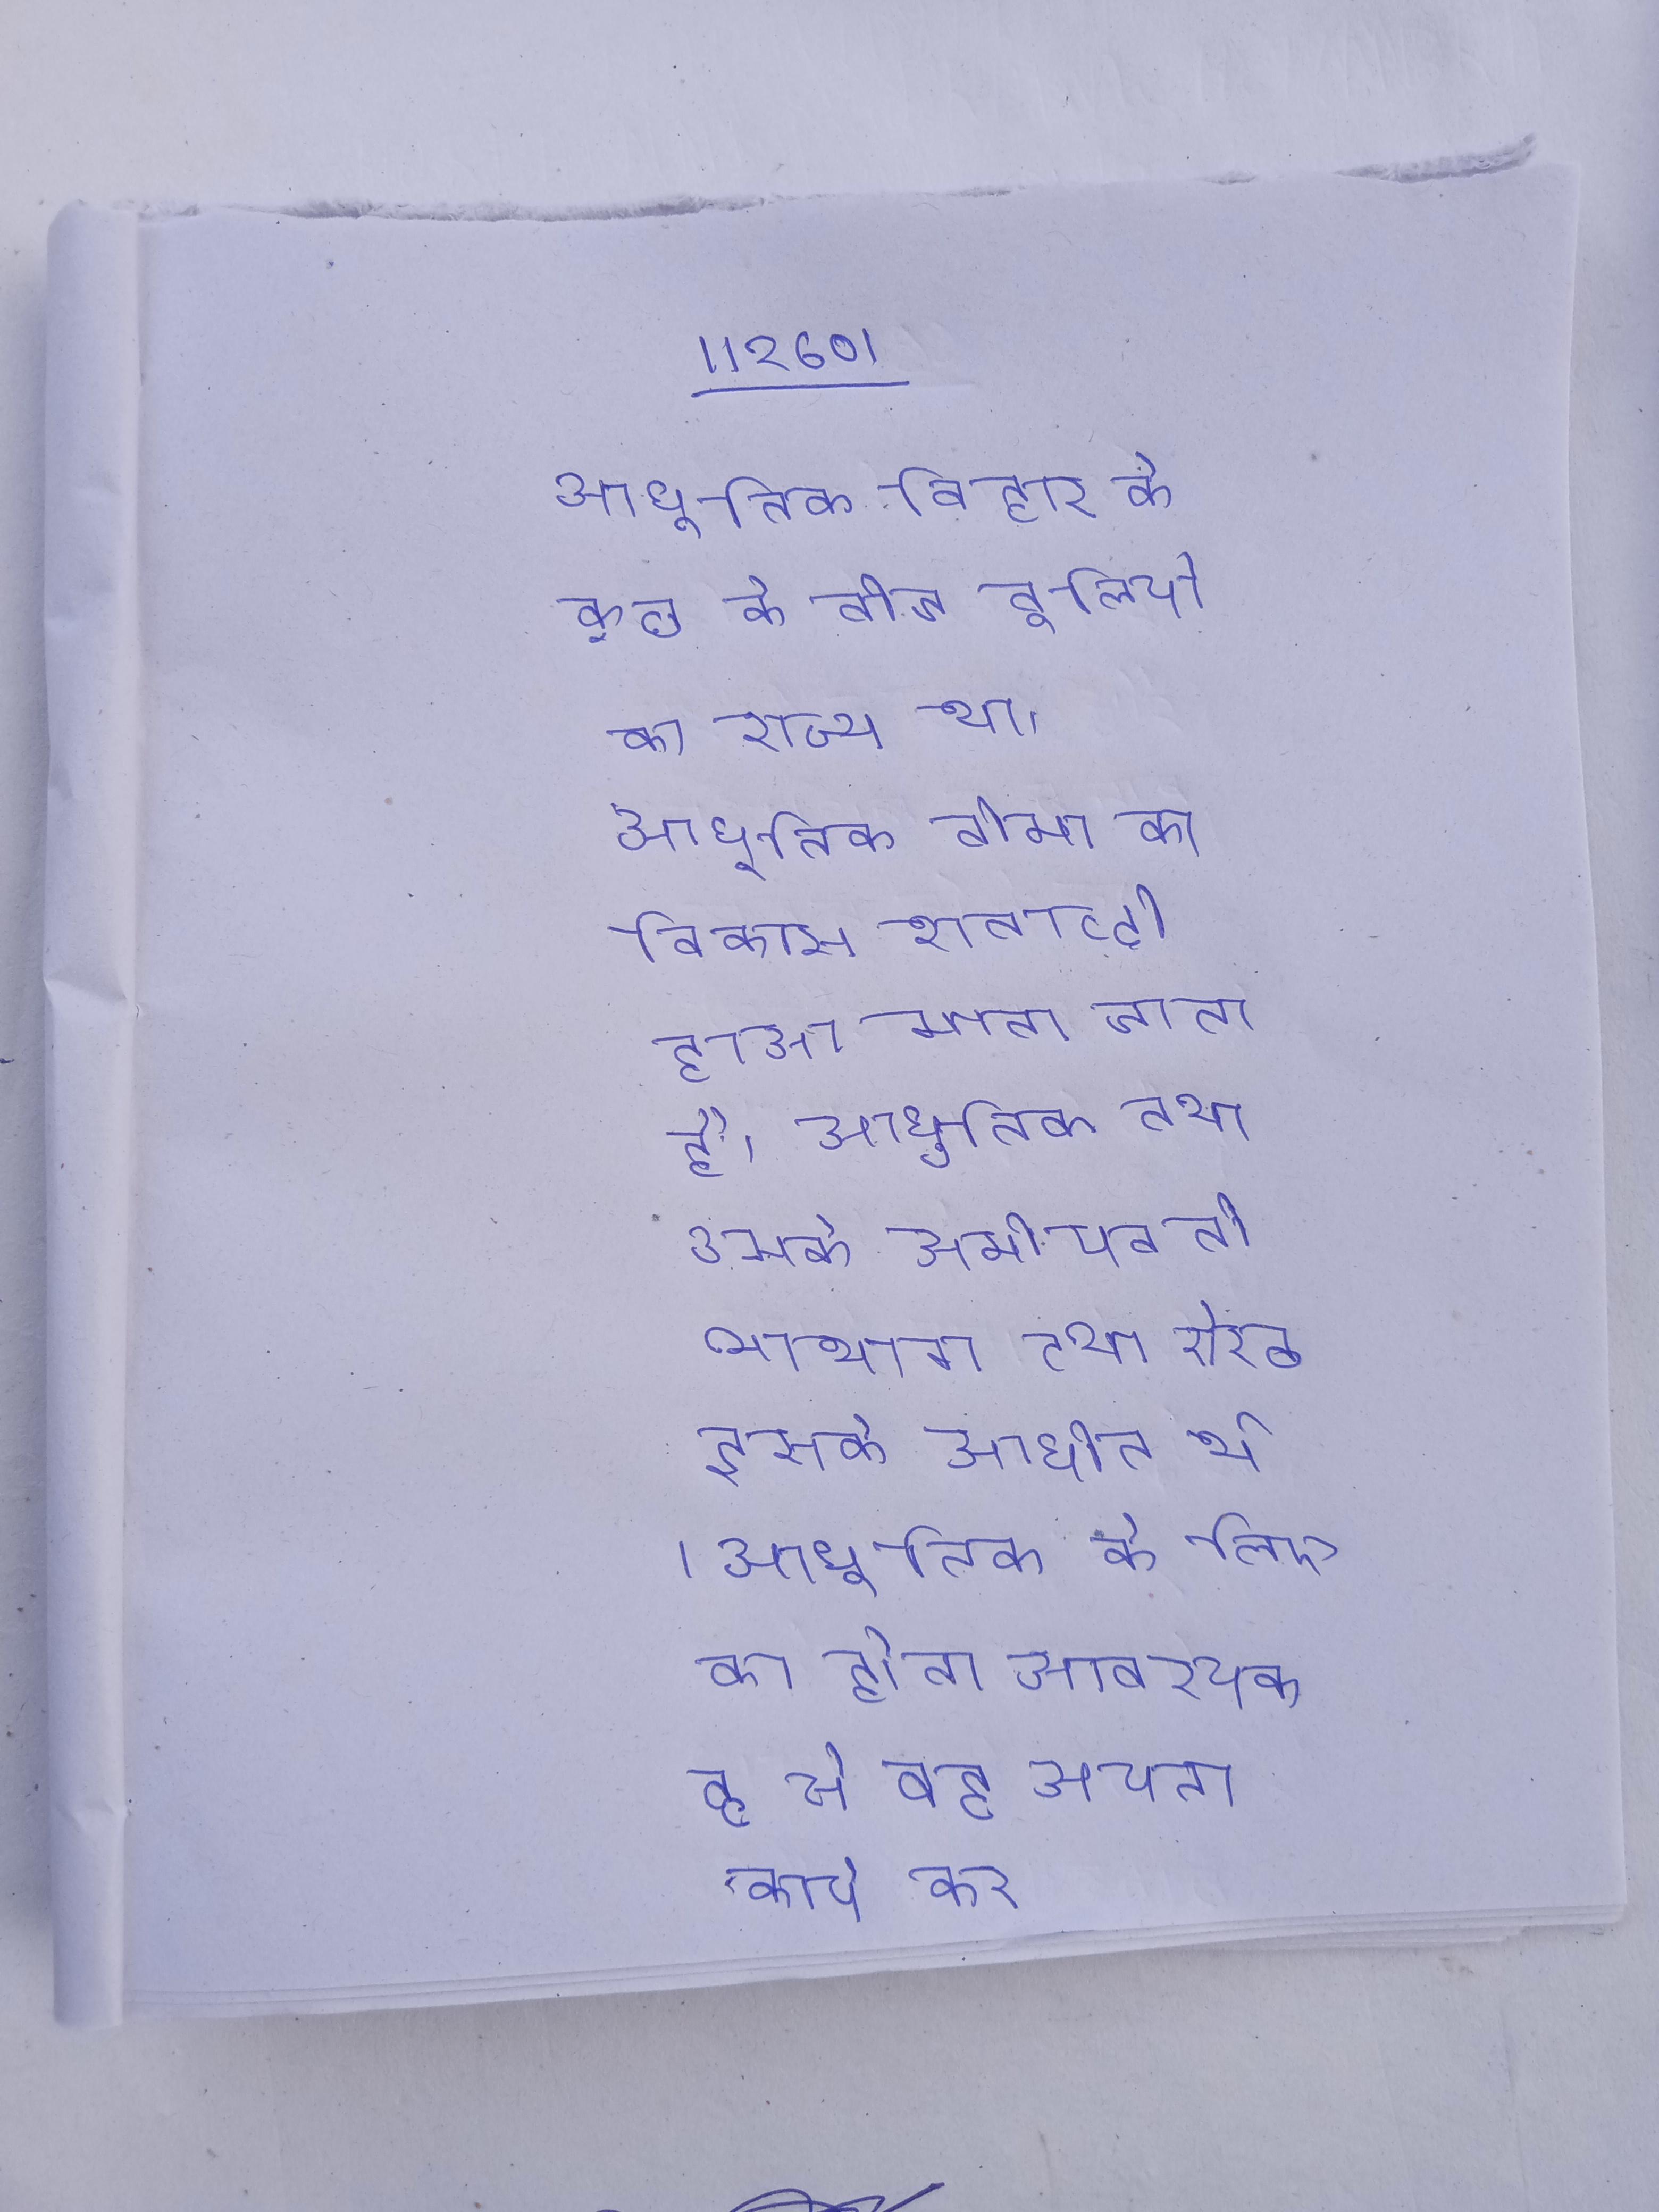
आधुनिक बिहार के कुछ के बीच बुलियो का राज्य था । आधुनिक बीमा का विकास शताब्दी हुआ माना जाता है । आधुनिक तथा उसके समीपवर्ती भूभाग तथा मेरठ इसके आधीन थे । आधुनिक के लिए का होना आवश्यक है, से वह अपना कार्य कर ।